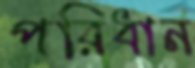
পরিধান